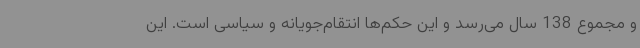
و مجموع 138 سال می‌رسد و این حکم‌ها انتقام‌جویانه و سیاسی است. این